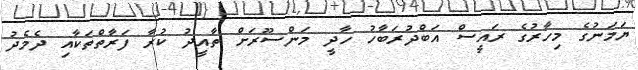
ޔަމަނުގެ މިހާރުގެ ރައީސް އަބްދުރަބާހު ހާދީ މަންސޫރަށް ތާއީދު ކުރާ ފަރާތްތަކާއި ދެމެދު